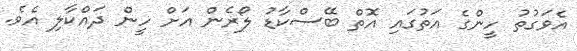
އެވަގުތު ހީންގެ އަތުގައި އޮތް ބޭސްކާޑު ލޯރެން އަށް ހީން ދައްކާލި އެވެ.